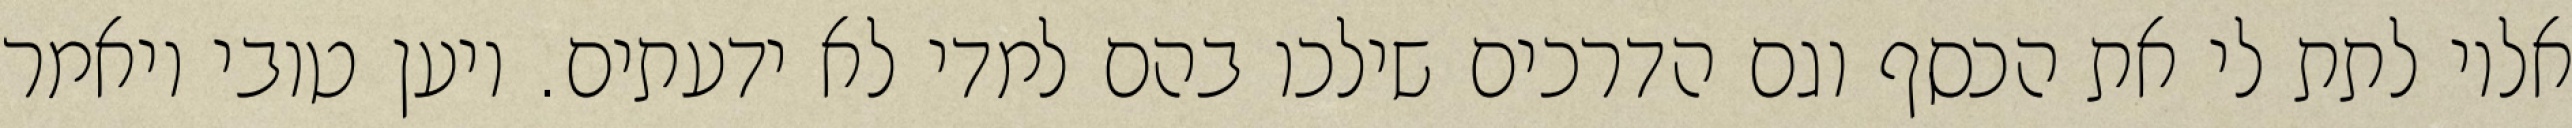
אליו לתת לי את הכסף וגם הדרכים שילכו בהם למדי לא ידעתים. ויען טובי ויאמר